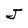
Character: J